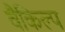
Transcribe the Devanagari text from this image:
वैकिल्प